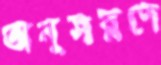
অনুসরণে